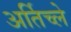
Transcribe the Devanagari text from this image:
अर्तिच्ले